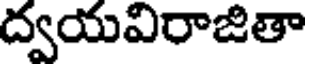
ద్వయవిరాజితా